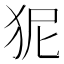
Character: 狔